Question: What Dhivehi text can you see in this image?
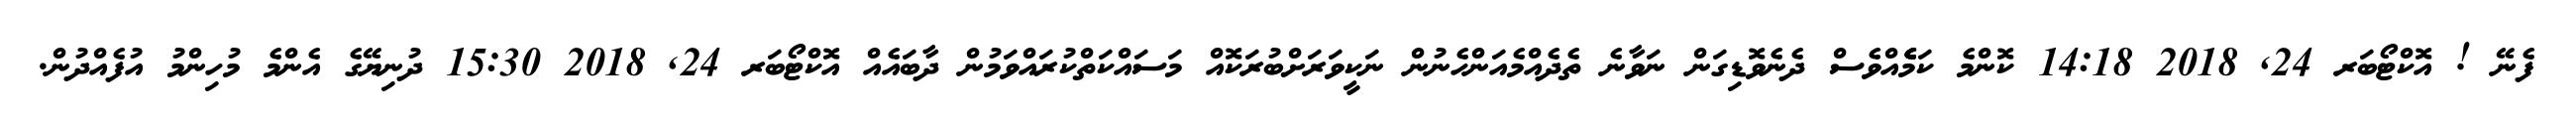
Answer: ފެނޭ ! އޮކްޓޯބަރ 24, 2018 14:18 ކޮންމެ ކަމެެެެއްވެސް ދެނެވޮޑިގަން ނަވާނެ ތެދެއްމެއަންހެނުން ނަކީވަރަށްބުރަކޮއް މަސައްކަތްކުރައްވަމުން ދާބައެއް އޮކްޓޯބަރ 24, 2018 15:30 ދުނިޔޭގެ އެންމެ މުހިންމު އުފެއްދުން.